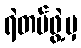
ရဲတပ်ဖွဲ့မှ